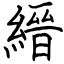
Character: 縉